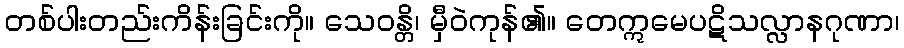
တစ်ပါးတည်းကိန်းခြင်းကို။ သေဝန္တိ၊ မှီဝဲကုန်၏။ တေဣမေပဋိသလ္လာနဂုဏာ၊